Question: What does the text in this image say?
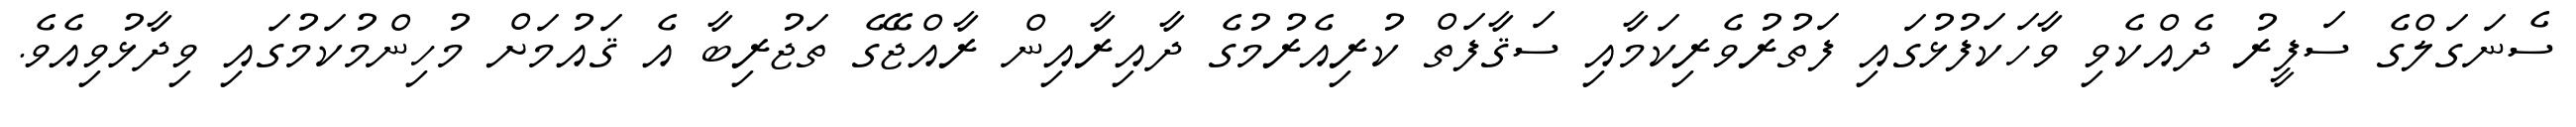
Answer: ސެނަގަލްގެ ސަފީރު ދެއްކެވި ވާހަކަފުޅުގައި ފަތުރުވެރިކަމާއި ސަޤާފަތް ކުރިއެރުމުގެ ދާއިރާއިން ރާއްޖޭގެ ތަޖުރިބާ އެ ޤައުމަށް މުހިންމުކަމުގައި ވިދާޅުވިއެވެ.